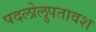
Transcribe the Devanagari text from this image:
पदलोलुपतावश